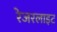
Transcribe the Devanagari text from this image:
रेजरलाइट